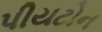
પીયટોન